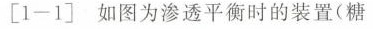
[1-1]如图为渗透平衡时的装置(糖